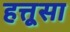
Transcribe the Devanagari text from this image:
हत्तूसा